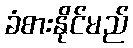
ခံစားနိုင်မည်